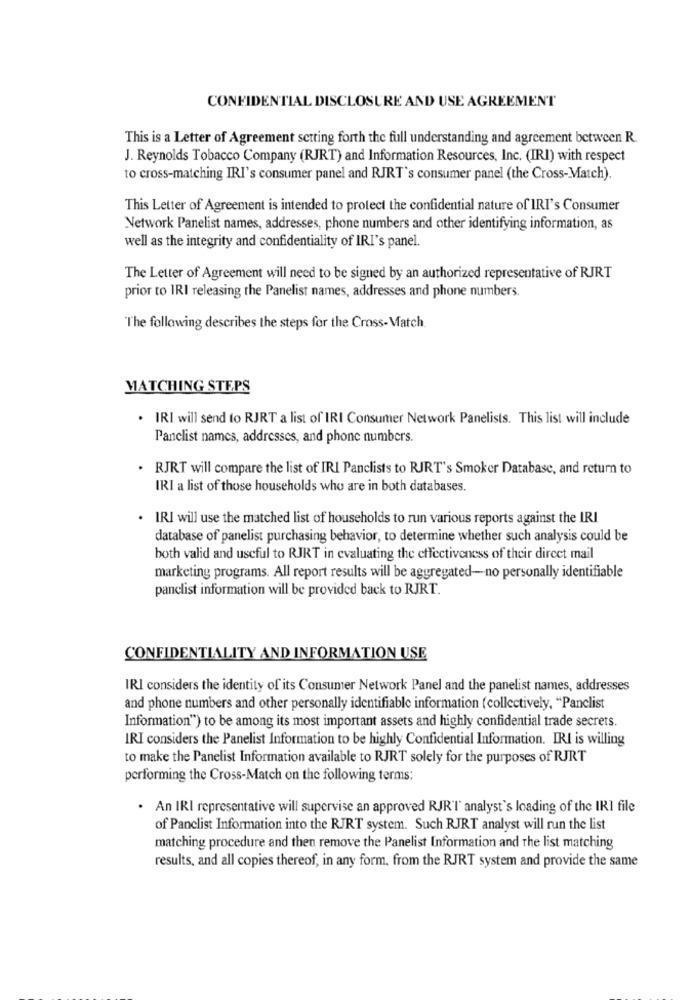
CONFIDENTIAL DISCLOSURE AND USE AGREEMENT
This is a Letter of Agreement setting forth the full understanding and agreement between R.
J. Reynolds Tobacco Company (RJRT) and Information Resources, Inc. (IRI) with respect
to cross-matching IRI's consumer panel and RJRT's consumer panel (the Cross-Match).
This Letter of Agreement is intended to protect the confidential nature of IRI's Consumer
Network Panelist names, addresses, phone numbers and other identifying information, as
well as the integrity and confidentiality of IRI's panel.
The Letter of Agreement will need to be signed by an authorized representative of RJRT
prior to IRI releasing the Panelist names, addresses and phone numbers.
The following describes the steps for the Cross- Match
MATCHING STEPS
. IRI will send to RJRT a list of IRI Consumer Network Panelists. This list will include
Panclist names, addresses, and phone numbers.
. RJRT will compare the list of IRI Panclists to RJRT's Smoker Database, and return to
IRI a list of those households who are in both databases.
. IRI will use the matched list of households to run various reports against the IRI
database of panelist purchasing behavior, to determine whether such analysis could be
both valid and useful to RJRT in evaluating the effectiveness of their direct mail
marketing programs. All report results will be aggregated-no personally identifiable
panclist information will be provided back to RJRT.
CONFIDENTIALITY AND INFORMATION USE
IRI considers the identity of its Consumer Network Panel and the panelist names, addresses
and phone numbers and other personally identifiable information (collectively, "Panclist
Information") to be among its most important assets and highly confidential trade secrets.
IRI considers the Panelist Information to be highly Confidential Information. IRI is willing
to make the Panelist Information available to RJRT solely for the purposes of RJRT
performing the Cross-Match on the following terms:
. An IRI representative will supervise an approved RJR'I' analyst's loading of the IRI file
of Panelist Information into the RJRT system. Such RJRT analyst will run the list
matching procedure and then remove the Panelist Information and the list matching
results, and all copies thereof, in any form, from the RJRT system and provide the same